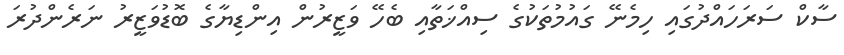
ސާކް ސަރަހައްދުގައި ހިމެނޭ ގައުމުތަކުގެ ސިއްޚަތާއި ބެހޭ ވަޒީރުން އިންޑިޔާގެ ބޮޑުވަޒީރު ނަރެންދުރަ